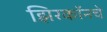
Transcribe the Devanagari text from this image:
झिरकॉनचे